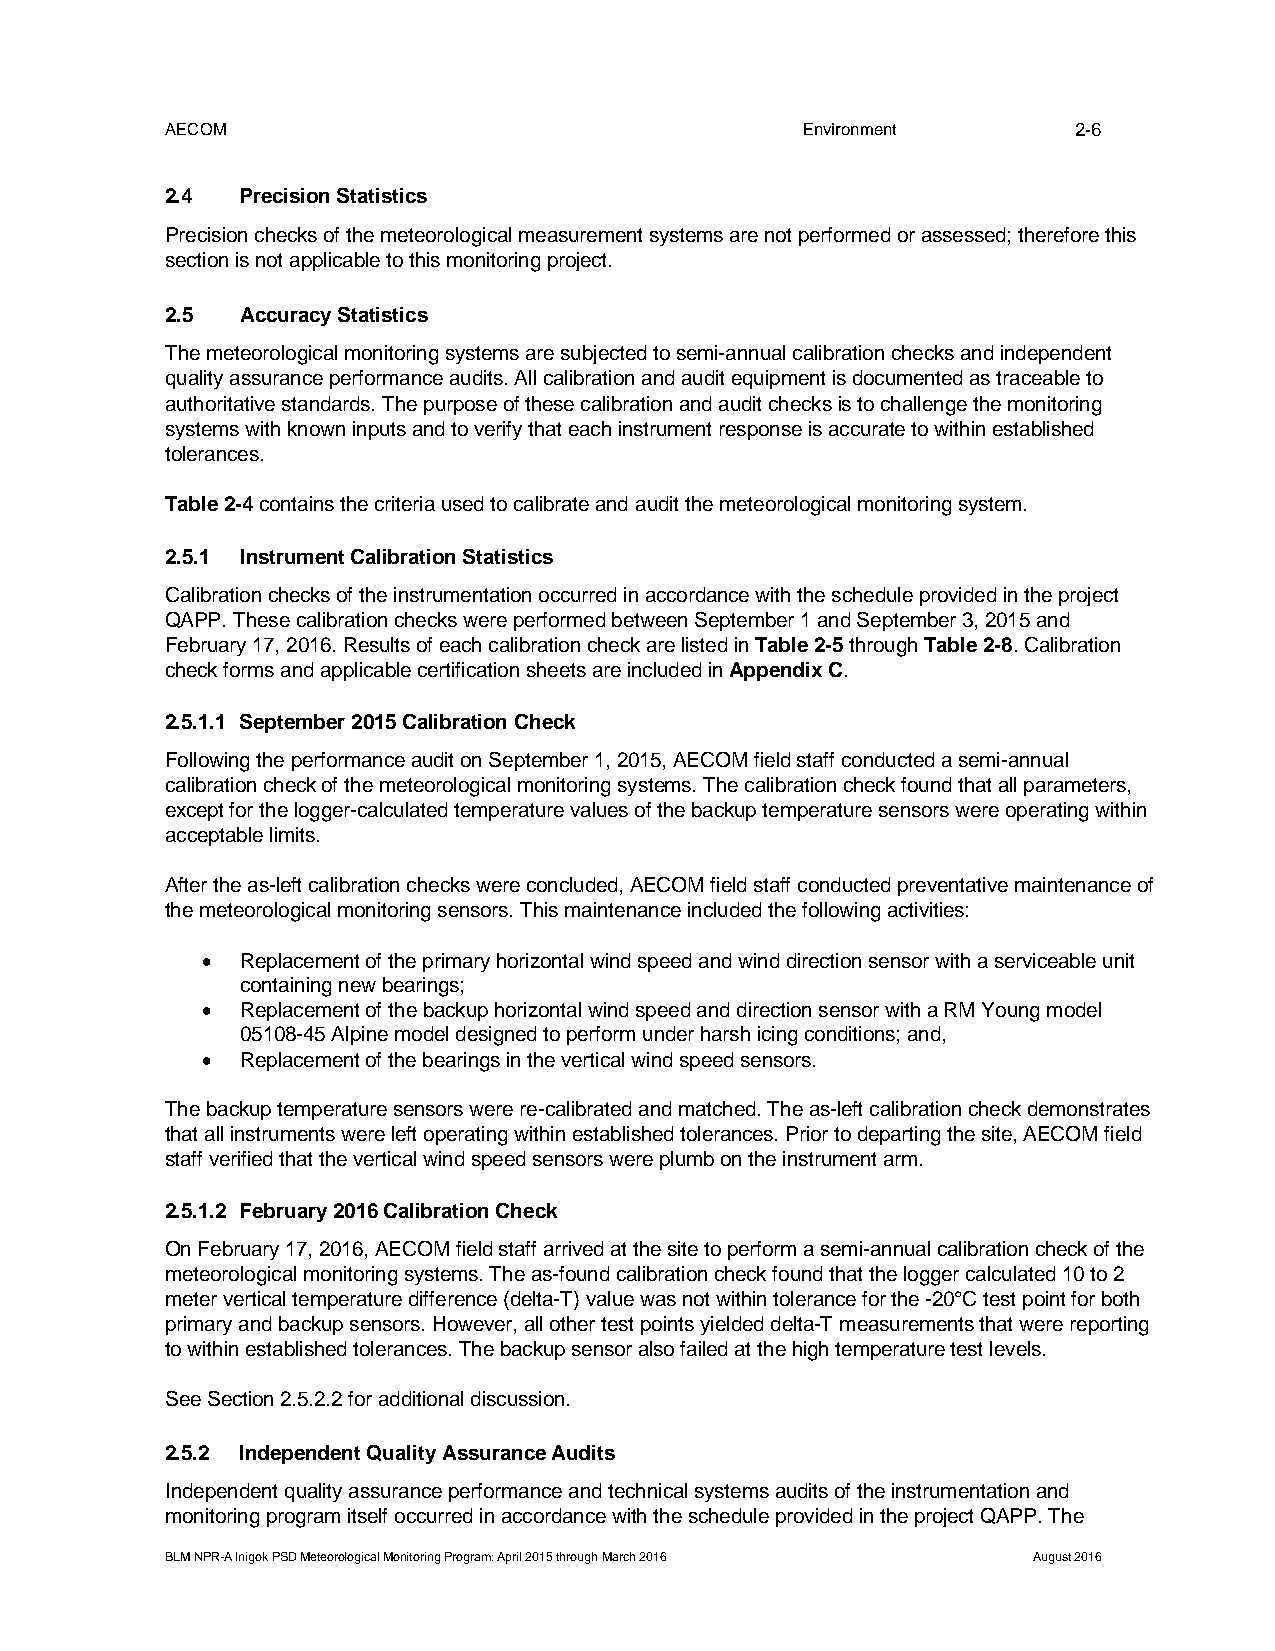
AECOM                                     Environment       2-6
 2.4  Precision Statistics
 Precision checks of the meteorological measurement systems are not performed or assessed; therefore this
 section is not applicable to this monitoring project.
 2.5  Accuracy Statistics
 The meteorological monitoring systems are subjected to semi-annual calibration checks and independent
 quality assurance performance audits. All calibration and audit equipment is documented as traceable to
 authoritative standards. The purpose of these calibration and audit checks is to challenge the monitoring
 systems with known inputs and to verify that each instrument response is accurate to within established
 tolerances.
 Table 2-4 contains the criteria used to calibrate and audit the meteorological monitoring system.
 2.5.1 Instrument Calibration Statistics
 Calibration checks of the instrumentation occurred in accordance with the schedule provided in the project
 QAPP. These calibration checks were performed between September 1 and September 3, 2015 and
 February 17, 2016. Results of each calibration check are listed in Table 2-5 through Table 2-8. Calibration
 check forms and applicable certification sheets are included in Appendix C.
 2.5.1.1 September 2015 Calibration Check
 Following the performance audit on September 1, 2015, AECOM field staff conducted a semi-annual
 calibration check of the meteorological monitoring systems. The calibration check found that all parameters,
 except for the logger-calculated temperature values of the backup temperature sensors were operating within
 acceptable limits.
 After the as-left calibration checks were concluded, AECOM field staff conducted preventative maintenance of
 the meteorological monitoring sensors. This maintenance included the following activities:
   Replacement of the primary horizontal wind speed and wind direction sensor with a serviceable unit
 containing new bearings;
   Replacement of the backup horizontal wind speed and direction sensor with a RM Young model
 05108-45 Alpine model designed to perform under harsh icing conditions; and,
   Replacement of the bearings in the vertical wind speed sensors.
 The backup temperature sensors were re-calibrated and matched. The as-left calibration check demonstrates
 that all instruments were left operating within established tolerances. Prior to departing the site, AECOM field
 staff verified that the vertical wind speed sensors were plumb on the instrument arm.
 2.5.1.2 February 2016 Calibration Check
 On February 17, 2016, AECOM field staff arrived at the site to perform a semi-annual calibration check of the
 meteorological monitoring systems. The as-found calibration check found that the logger calculated 10 to 2
 meter vertical temperature difference (delta-T) value was not within tolerance for the -20°C test point for both
 primary and backup sensors. However, all other test points yielded delta-T measurements that were reporting
 to within established tolerances. The backup sensor also failed at the high temperature test levels.
 See Section 2.5.2.2 for additional discussion.
 2.5.2 Independent Quality Assurance Audits
 Independent quality assurance performance and technical systems audits of the instrumentation and
 monitoring program itself occurred in accordance with the schedule provided in the project QAPP. The
 BLM NPR-A Inigok PSD Meteorological Monitoring Program: April 2015 through March 2016 August 2016